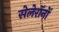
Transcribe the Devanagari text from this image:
सेलेरॉनों